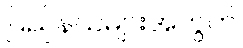
ပြည်နယ်များအတွက်